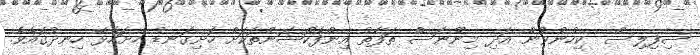
ސިފިލިސް  ކިހުނުވުން އަދި މިނޫނަސް ތަފާތު އިންފެކްޝަންތަކަށް ހަށިގަނޑު ހުށަހެޅޭ ހިނދުގައެވެ.